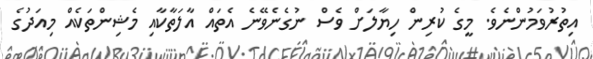
އިތުރުވަމުންނެވެ. މީގެ ކުރިން ހިޔާލަށް ވެސް ނުގެނެވޭނެ އެތައް އާލަތާކާއި މެޝިންތަކެއް މިއަދުގެ